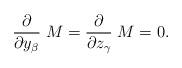
LaTeX: \begin{align*}{\partial \over \partial y_\beta} \; M = {\partial \over \partial z_\gamma} \; M = 0.\end{align*}